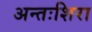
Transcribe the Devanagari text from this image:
अन्तःशिरा